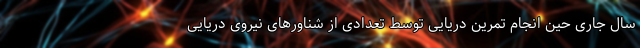
سال جاری حین انجام تمرین دریایی توسط تعدادی از شناورهای نیروی دریایی